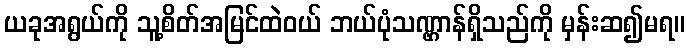
ယခုအရွယ်ကို သူ့စိတ်အမြင်ထဲဝယ် ဘယ်ပုံသဏ္ဌာန်ရှိသည်ကို မှန်းဆ၍မရ။